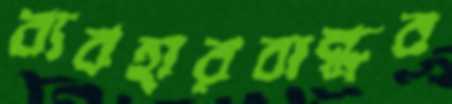
ব্যবহারবান্ধব